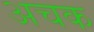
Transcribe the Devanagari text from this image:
अचक